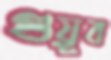
গুয়ূব